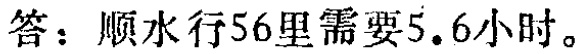
答：顺水行56里需要5.6小时。